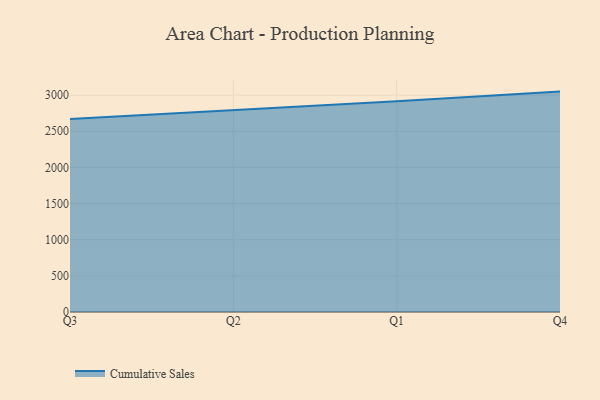
{"axis": {"x": "Quarter", "y": "Revenue (USD Million)"}, "legend": ["Cumulative Sales"], "data": [{"x": "Q3", "y": 2668.1, "type": "Cumulative Sales"}, {"x": "Q2", "y": 2785.9, "type": "Cumulative Sales"}, {"x": "Q1", "y": 2913.5, "type": "Cumulative Sales"}, {"x": "Q4", "y": 3048.5, "type": "Cumulative Sales"}]}